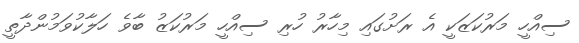
ސިއްހީ މަރުކަޒަކީ އެ ރަށުގައި މިހާރު ހުރި ސިއްހީ މަރުކަޒު ބާވެ ހަލާކުވަމުންދާތީ